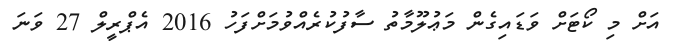
އަށް މި ކޯޓަށް ވަޑައިގެން މަޢުލޫމާތު ސާފުކުރެއްވުމަށްފަހު 2016 އެޕްރީލް 27 ވަނަ